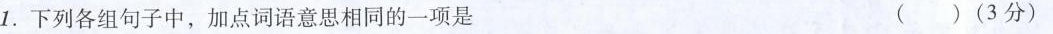
1.下列各组句子中，加点词语意思相同的一项是 ( )(3分)